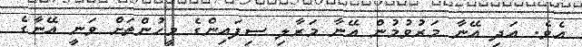
އެވެ. އަދި އޭނާ މަރުވުމުން އޭނާ މަރާލި ސިފައިންގެ މީހުންތަށް ވަނީ އޭނާގެ